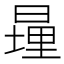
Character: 𪰹